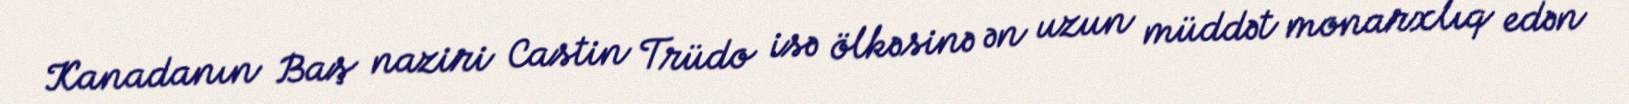
Kanadanın Baş naziri Castin Trüdo isə ölkəsinə ən uzun müddət monarxlıq edən